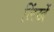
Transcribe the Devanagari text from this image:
लिंखें